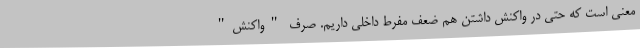
معنی است که حتی در واکنش داشتن هم ضعف مفرط داخلی داریم. صرف "واکنش"